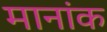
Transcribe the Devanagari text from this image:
मानांक